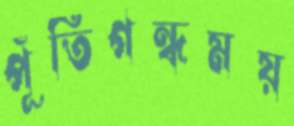
পূঁতিগন্ধময়